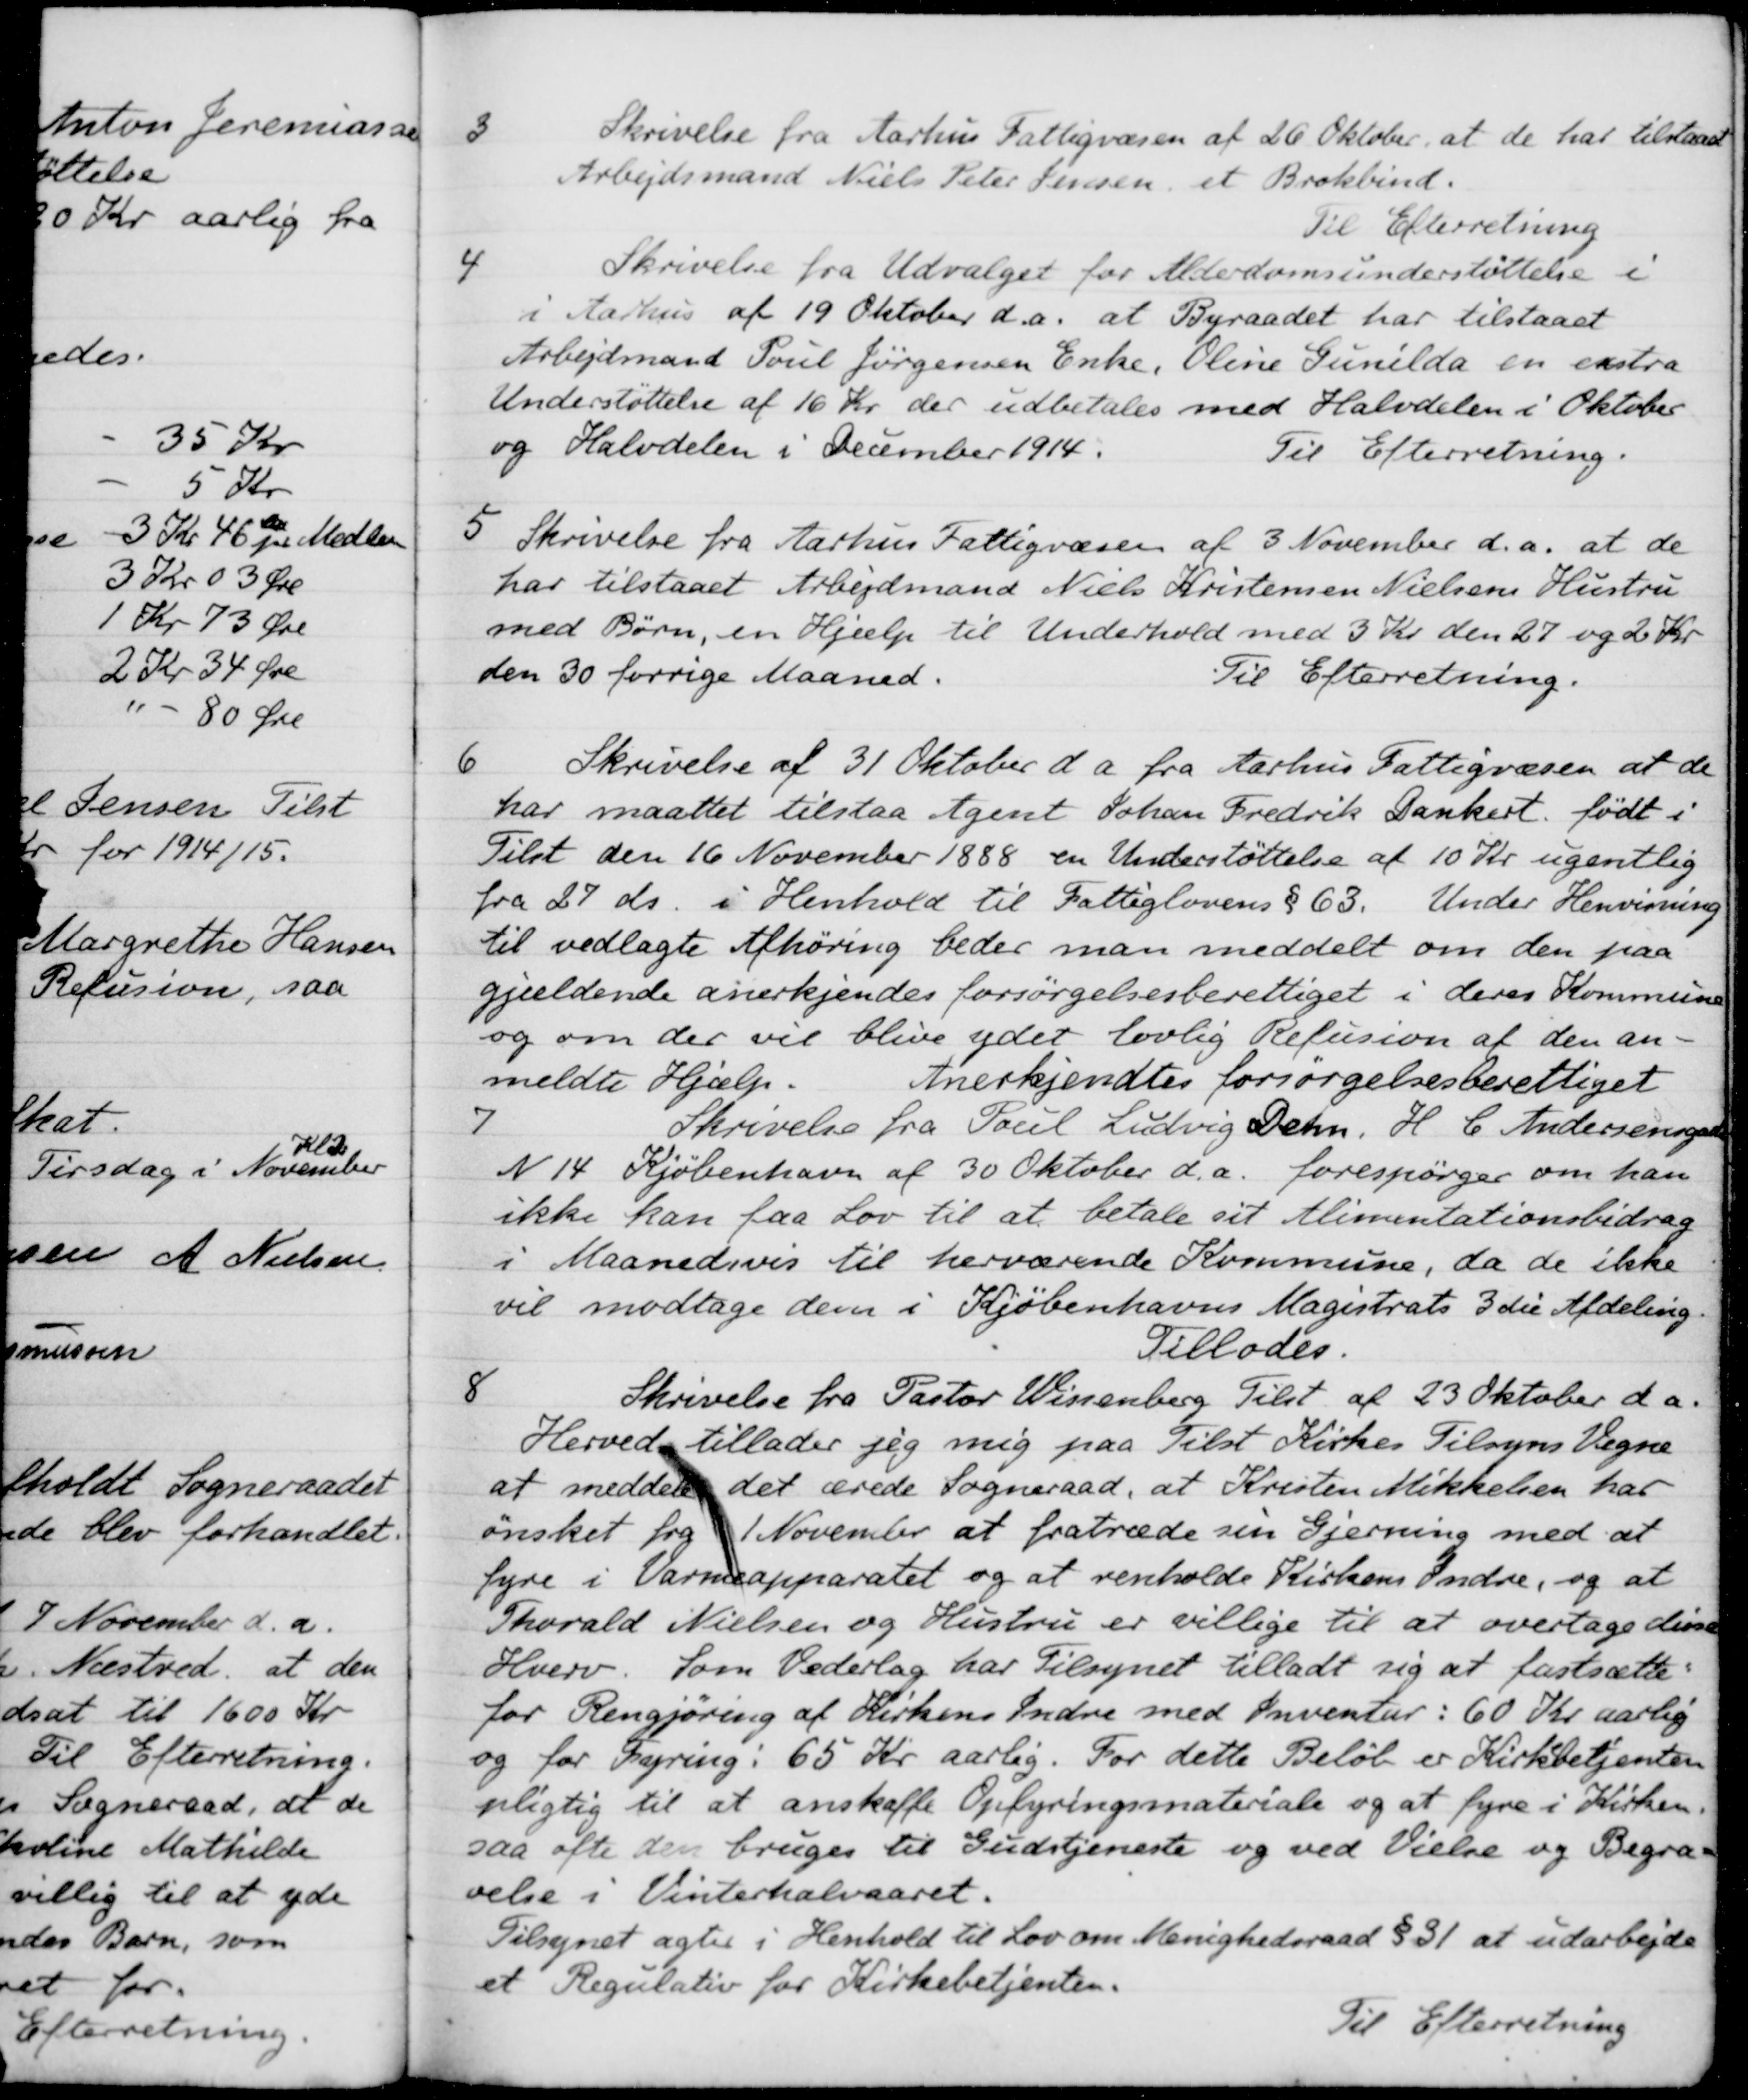
Transskription:
3
Skrivelse fra Aarhus Fattigvæsen af 26 Oktober, at de har tilstaaet
Arbejdsmand Niels Peter Jensen, et Brokbind.
Til Efterretning
4
Skrivelse fra Udvalget for Alderdomsunderstøttelse i
i Aarhus af 19 Oktober d.a. at Byraadet har tilstaaet
Arbejdsmand Poul Jørgensen Enke, Oline Gunilda en ekstra
Understøttelse af 16 Kr. der udbetales med Halvdelen i Oktober
og Halvdelen i December 1914.
Til Efterretning.
5
Skrivelse fra Aarhus Fattigvæsen af 3 November d.a. at de
har tilstaaet Arbejdsmand Niels Kristensen Nielsens Hustru
med Børn, en Hjælp til Underhold med 3 Kr. den 27 og 2 Kr.
den 30 forrige Maaned.
Til Efterretning.
6
Skrivelse af 31 Oktober d a fra Aarhus Fattigvæsen at de
har maattet tilstaa Agent Johan Fredrik Dankert, født i
Tilst den 16 November 1888 en Understøttelse af 10 Kr ugentlig
fra 27 ds. i Henhold til Fattiglovens § 63. Under Henvisning
til vedlagte Afhøring beder man meddelt om den paa
gjældende anerkjendes forsørgelsesberettiget i deres Kommune
og om der vil blive ydet lovlig Refusion af den an
meldte Hjælp.
Anerkjendtes forsørgelsesberettiget
7
Skrivelse fra Poul Ludvig Dehn. H. C. Andersensgade
N 14 Kjøbenhavn af 30 Oktober d.a. forespørger om han
ikke kan faa Lov til at betale sit Alimentationsbidrag
i Maanedsvis til herværende Kommune, da de ikke
vil modtage dem i Kjøbenhavns Magistrats 3 die Afdeling.
Tillodes.
8
Skrivelse fra Pastor Wissenberg Tilst. af 23 Oktober da.
Herved tillader jeg mig paa Tilst Kirkes Tilsyns Vegne
at meddele det ærede Sogneraad, at Kristen Mikkelsen har
ønsket fra 1 November at fratræde sin Gjerning med at
fyre i Varmeapparatet og at renholde Kirkens Indre, og at
Thorald Nielsen og Hustru er villige til at overtage disse
Hverv. Som Vederlag har tilsynet tilladt sig at fastsætte
for Rengjøring af Kirkens Indre med Inventar: 60 Kr aarlig
og for Fyring: 65 Kr aarlig. For dette Beløb er Kirkebetjenten
pligtig til at anskaffe Opfyringsmateriale og at fyre i Kirken.
saa ofte den bruges til Gudstjeneste og ved Vielse og Begra-
velse i Vinterhalvaaret.
Tilsynet agter i Henhold til Lov om Menighedsraad § 31 at udarbejde
et Regulativ for Kirkebetjenten.
Til Efterretning